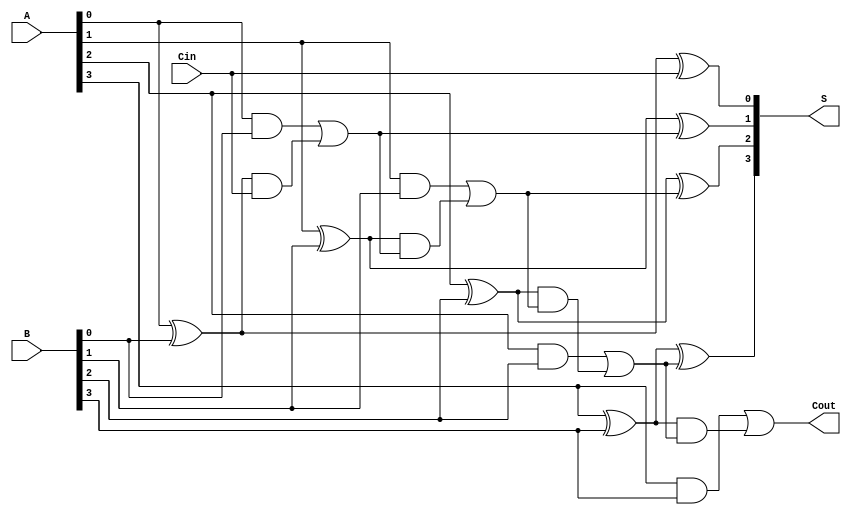
module CarryInLookaheadAdder #(
    parameter N = 4  // Width of the input numbers
)(
    input  [N-1:0] A,    // First binary number
    input  [N-1:0] B,    // Second binary number
    input         Cin,    // Carry-in signal
    output [N-1:0] S,     // Sum output
    output         Cout    // Carry-out signal
);

    // Generate and propagate signals
    wire [N-1:0] G; // Generate signals
    wire [N-1:0] P; // Propagate signals
    wire [N:0] C;   // Carry signals

    // Generate and Propagate Logic
    genvar i;
    generate
        for (i = 0; i < N; i = i + 1) begin : gen_prop_logic
            assign G[i] = A[i] & B[i]; // Generate
            assign P[i] = A[i] ^ B[i]; // Propagate
        end
    endgenerate

    // Carry Signal Calculation using Lookahead Logic
    assign C[0] = Cin; // Initial carry
    generate
        for (i = 1; i <= N; i = i + 1) begin : carry_logic
            // Define carry signals for each bit
            assign C[i] = G[i-1] | (P[i-1] & C[i-1]);
        end
    endgenerate

    // Sum Calculation
    generate
        for (i = 0; i < N; i = i + 1) begin : sum_logic
            assign S[i] = P[i] ^ C[i]; // Sum
        end
    endgenerate

    // Carry Out Calculation
    assign Cout = G[N-1] | (P[N-1] & C[N-1]);

endmodule